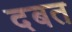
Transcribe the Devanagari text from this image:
दबत